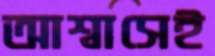
আশ্বাসেই